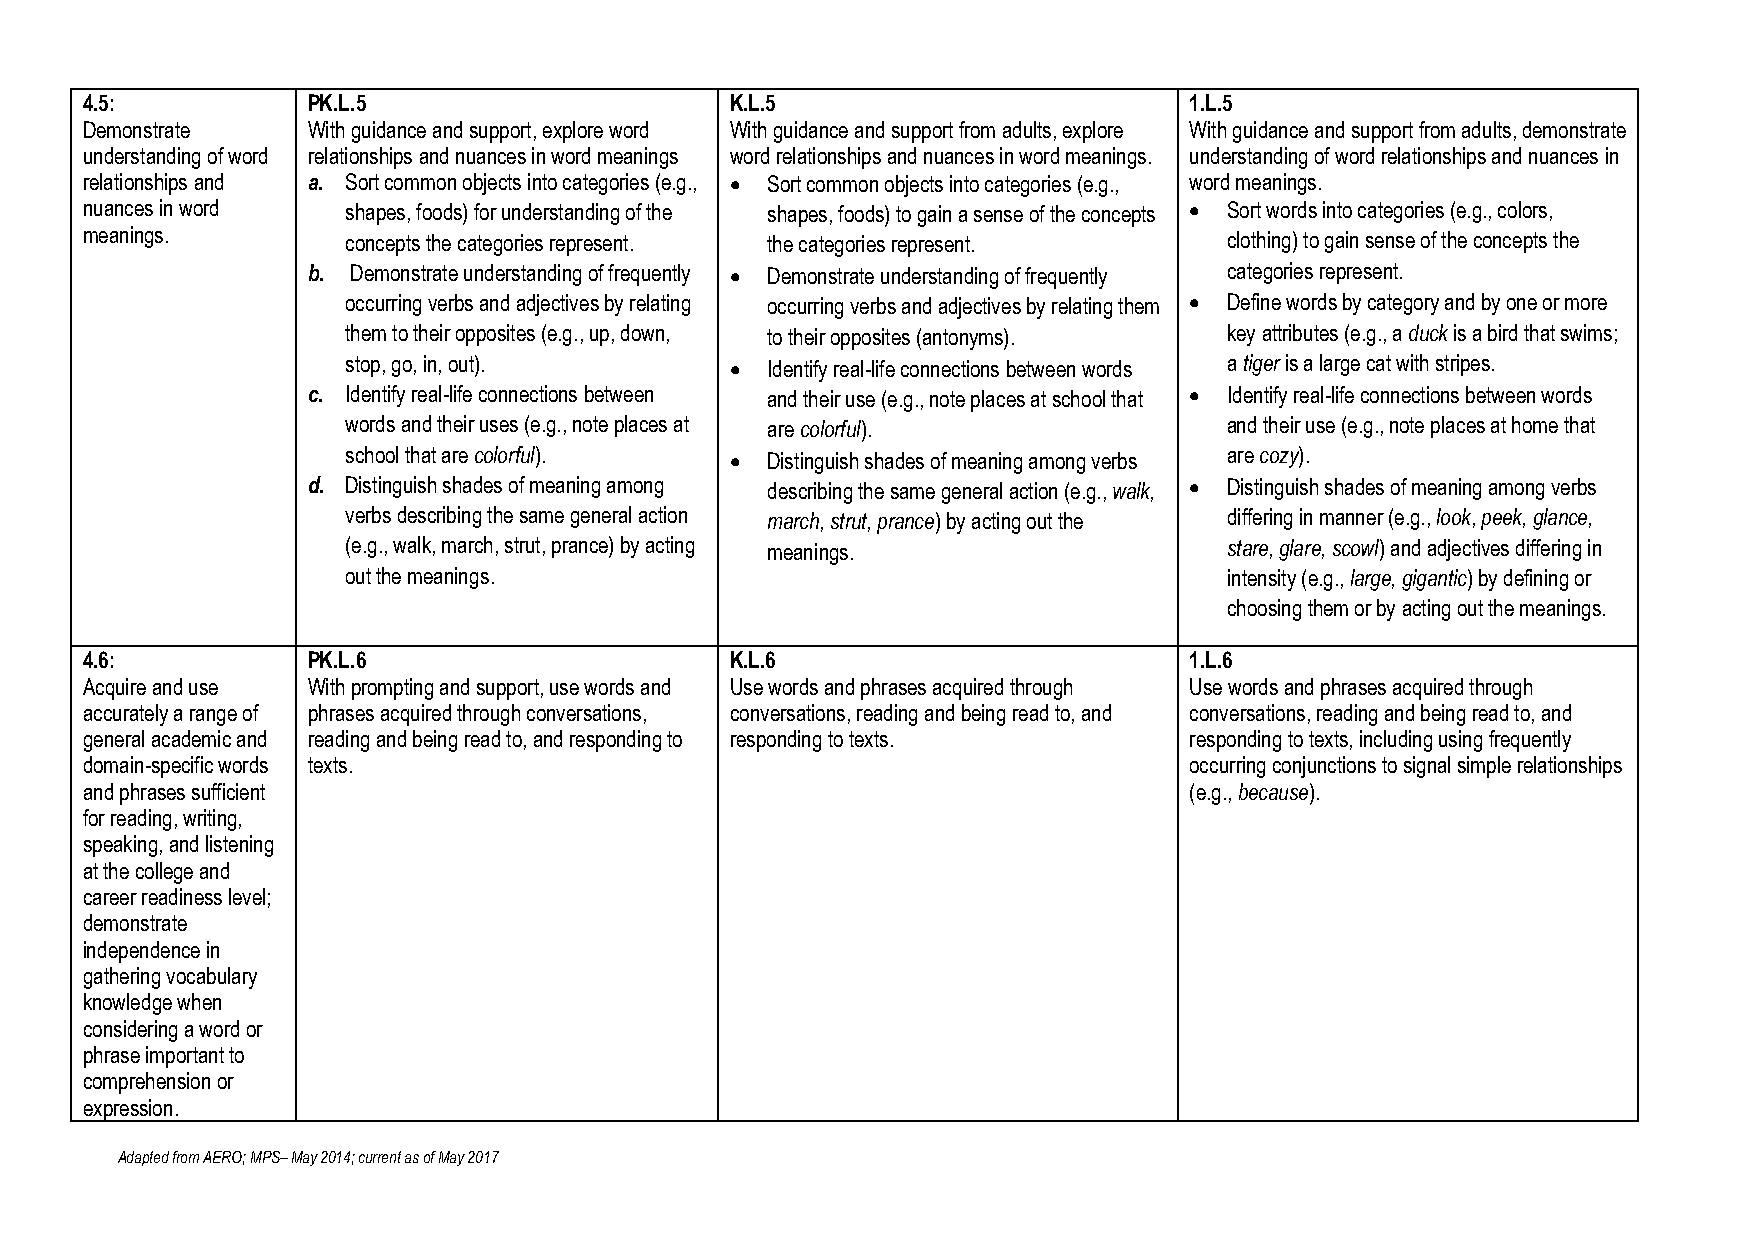
4.5:           PK.L.5                      K.L.5                          1.L.5
 Demonstrate    With guidance and support, explore word With guidance and support from adults, explore With guidance and support from adults, demonstrate
 understanding of word relationships and nuances in word meanings word relationships and nuances in word meanings. understanding of word relationships and nuances in
 relationships and a. Sort common objects into categories (e.g., • Sort common objects into categories (e.g., word meanings.
 nuances in word   shapes, foods) for understanding of the shapes, foods) to gain a sense of the concepts • Sort words into categories (e.g., colors,
 meanings.         concepts the categories represent. the categories represent. clothing) to gain sense of the concepts the
 b. Demonstrate understanding of frequently • Demonstrate understanding of frequently categories represent.
 occurring verbs and adjectives by relating occurring verbs and adjectives by relating them • Define words by category and by one or more
 them to their opposites (e.g., up, down, to their opposites (antonyms). key attributes (e.g., a duck is a bird that swims;
 stop, go, in, out).      •  Identify real-life connections between words a tiger is a large cat with stripes.
 c. Identify real-life connections between and their use (e.g., note places at school that • Identify real-life connections between words
 words and their uses (e.g., note places at are colorful). and their use (e.g., note places at home that
 school that are colorful). • Distinguish shades of meaning among verbs are cozy).
 d. Distinguish shades of meaning among describing the same general action (e.g., walk, • Distinguish shades of meaning among verbs
 verbs describing the same general action march, strut, prance) by acting out the differing in manner (e.g., look, peek, glance,
 (e.g., walk, march, strut, prance) by acting meanings.    stare, glare, scowl) and adjectives differing in
 out the meanings.                                         intensity (e.g., large, gigantic) by defining or
 choosing them or by acting out the meanings.
 4.6:           PK.L.6                      K.L.6                          1.L.6
 Acquire and use With prompting and support, use words and Use words and phrases acquired through Use words and phrases acquired through
 accurately a range of phrases acquired through conversations, conversations, reading and being read to, and conversations, reading and being read to, and
 general academic and reading and being read to, and responding to responding to texts. responding to texts, including using frequently
 domain-specific words texts.                                              occurring conjunctions to signal simple relationships
 and phrases sufficient                                                    (e.g., because).
 for reading, writing,
 speaking, and listening
 at the college and
 career readiness level;
 demonstrate
 independence in
 gathering vocabulary
 knowledge when
 considering a word or
 phrase important to
 comprehension or
 expression.
 Adapted from AERO; MPS– May 2014; current as of May 2017